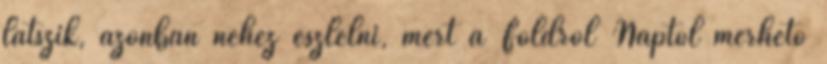
látszik, azonban nehéz észlelni, mert a Földről Naptól mérhető